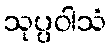
သုပ္ပဝါသံ